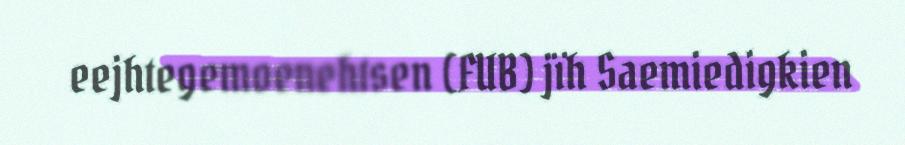
eejhtegemoenehtsen (FUB) jïh Saemiedigkien